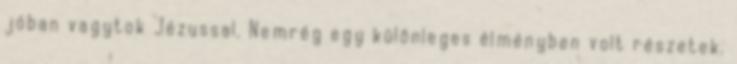
jóban vagytok Jézussal. Nemrég egy különleges élményben volt részetek.